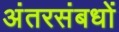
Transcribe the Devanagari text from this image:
अंतरसंबधों